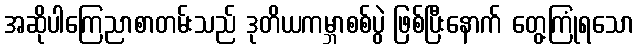
အဆိုပါကြေညာစာတမ်းသည် ဒုတိယကမ္ဘာစစ်ပွဲ ဖြစ်ပြီးနောက် တွေ့ကြုံရသော